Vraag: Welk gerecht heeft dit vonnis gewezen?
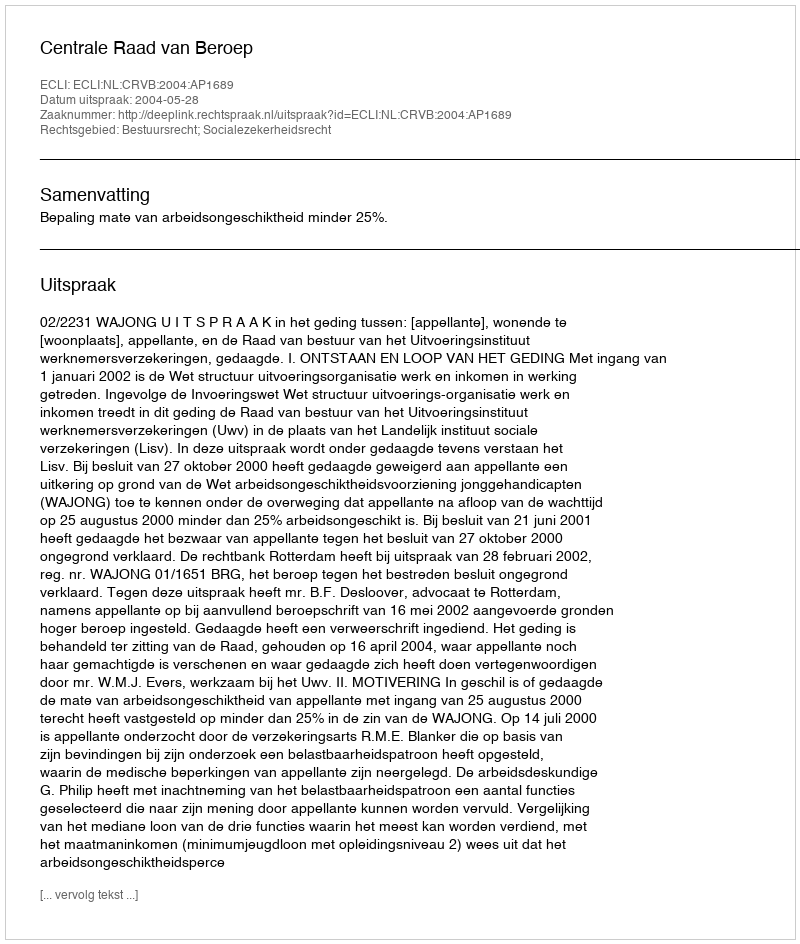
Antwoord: Centrale Raad van Beroep